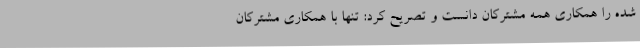
شده را همکاری همه مشترکان دانست و تصریح کرد: تنها با همکاری مشترکان